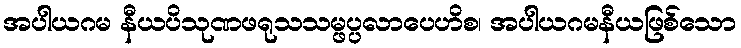
အပါယဂမ နီယပိသုဏဖရုသသမ္ဖပ္ပလာပေဟိစ၊ အပါယဂမနီယဖြစ်သော